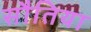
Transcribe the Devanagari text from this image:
सौतिया